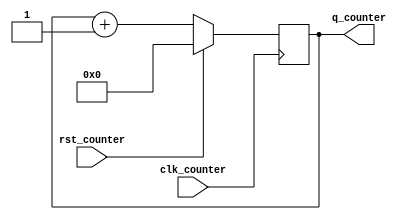
// This program was cloned from: https://github.com/tangxifan/micro_benchmark
// License: MIT License

module counter8_sync_reset(clk_counter, q_counter, rst_counter);

    input clk_counter;
    input rst_counter;
    output [7:0] q_counter;
    reg [7:0] q_counter;

    initial begin
      q_counter <= 0;
    end

    always @ (posedge clk_counter)
    begin
        if(rst_counter)
		q_counter <= 8'b00000000;
	else
		q_counter <= q_counter + 1;
    end

endmodule